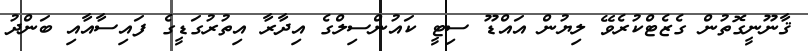
ޤާނޫނީގޮތުން ގެޒެޓްކުރެވޭ ލިޔުން އައްޑޫ ސިޓީ ކައުންސިލްގެ އިދާރާ އިތުރުގަޑީގެ ފައިސާއާއި ބަންދު